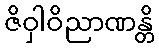
ဇိဝှါဝိညာဏန္တိ